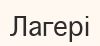
Лагері